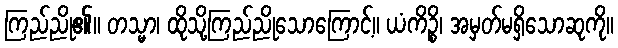
ကြည်ညို၏။ တသ္မာ၊ ထိုသို့ကြည်ညိုသောကြောင့်။ ယံကိဉ္စိ၊ အမှတ်မရှိသောဆုကို။